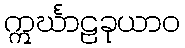
ဣင်္ဃာဠခုယာဝ